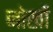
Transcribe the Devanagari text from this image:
जोखों